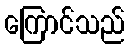
ကြောင်သည်